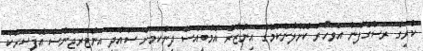
ކުރީގެ ރަސްގެފާނު އަވަހާރަ ކޮށްލާނެކަމުގެ އިންޒާރު އެމްބީއެސް ދިންކަމަށް ސައުދީ އިންޓެރިޖެންސް އޮފިސަރަކު